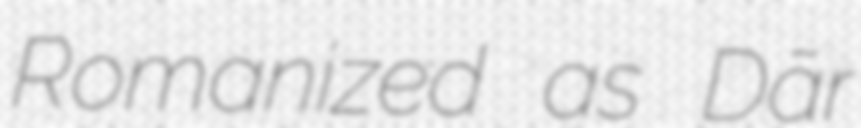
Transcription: Romanized as Dār